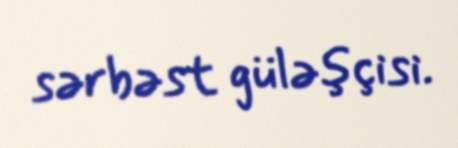
sərbəst güləşçisi.